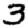
Digit: 3